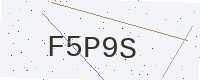
Text: F5P9S